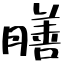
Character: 膳